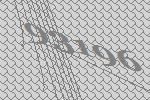
93196